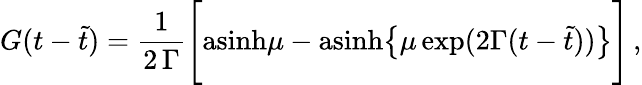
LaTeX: G(t-\tilde{t})={\frac{1}{2\, \Gamma}}\Bigg[\mathrm{asinh}\mu-\mathrm{asinh}\big\{ \mu\, \mathrm{exp}(2\Gamma(t-\tilde{t}))\big\} \Bigg]\, ,